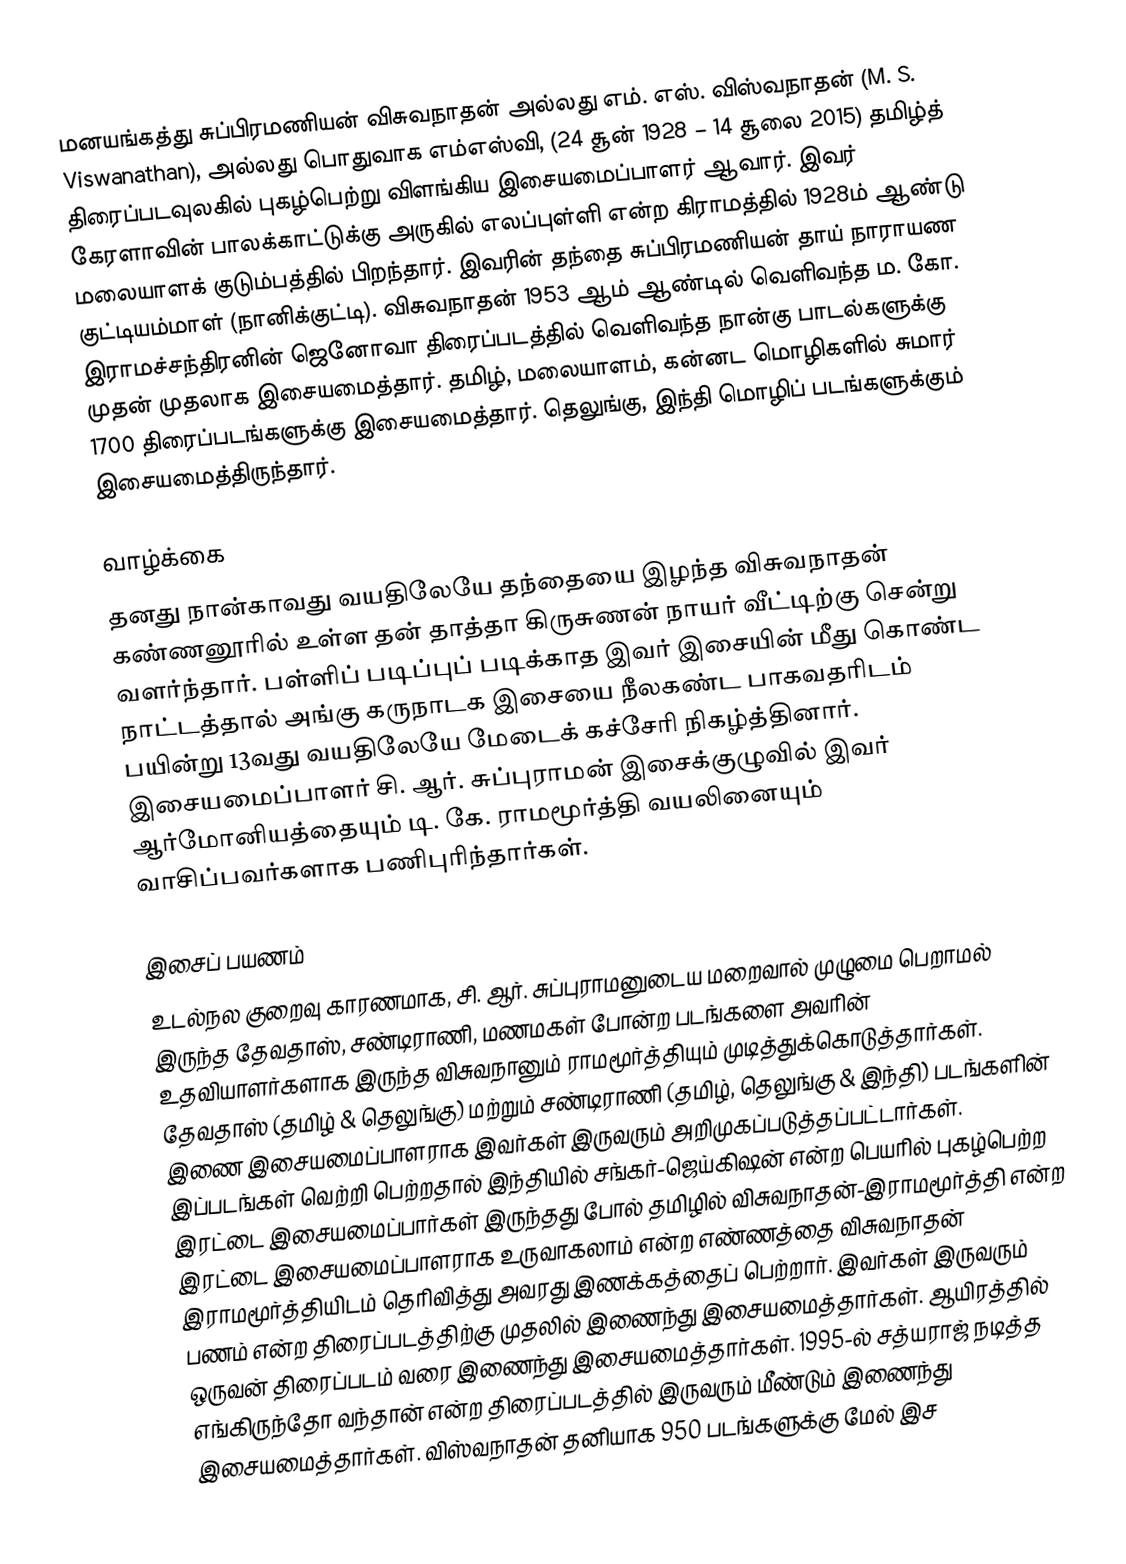
மனயங்கத்து சுப்பிரமணியன் விசுவநாதன் அல்லது எம். எஸ். விஸ்வநாதன் (M. S. Viswanathan), அல்லது பொதுவாக எம்எஸ்வி, (24 சூன் 1928 – 14 சூலை 2015) தமிழ்த் திரைப்படவுலகில் புகழ்பெற்று விளங்கிய இசையமைப்பாளர் ஆவார். இவர் கேரளாவின் பாலக்காட்டுக்கு அருகில் எலப்புள்ளி என்ற கிராமத்தில் 1928ம் ஆண்டு மலையாளக் குடும்பத்தில் பிறந்தார். இவரின் தந்தை சுப்பிரமணியன் தாய் நாராயண  குட்டியம்மாள் (நானிக்குட்டி). விசுவநாதன் 1953 ஆம் ஆண்டில் வெளிவந்த ம. கோ. இராமச்சந்திரனின் ஜெனோவா திரைப்படத்தில் வெளிவந்த நான்கு பாடல்களுக்கு முதன் முதலாக இசையமைத்தார். தமிழ், மலையாளம், கன்னட மொழிகளில் சுமார் 1700 திரைப்படங்களுக்கு இசையமைத்தார். தெலுங்கு, இந்தி மொழிப் படங்களுக்கும் இசையமைத்திருந்தார்.

வாழ்க்கை
தனது நான்காவது வயதிலேயே தந்தையை இழந்த விசுவநாதன் கண்ணனூரில் உள்ள தன் தாத்தா கிருசுணன் நாயர் வீட்டிற்கு சென்று வளர்ந்தார். பள்ளிப் படிப்புப் படிக்காத இவர் இசையின் மீது கொண்ட நாட்டத்தால் அங்கு கருநாடக இசையை நீலகண்ட பாகவதரிடம் பயின்று 13வது வயதிலேயே மேடைக் கச்சேரி நிகழ்த்தினார். இசையமைப்பாளர்  சி. ஆர். சுப்புராமன் இசைக்குழுவில் இவர் ஆர்மோனியத்தையும் டி. கே. ராமமூர்த்தி வயலினையும் வாசிப்பவர்களாக பணிபுரிந்தார்கள்.

இசைப் பயணம்
உடல்நல குறைவு காரணமாக, சி. ஆர். சுப்புராமனுடைய மறைவால் முழுமை பெறாமல் இருந்த தேவதாஸ், சண்டிராணி, மணமகள் போன்ற படங்களை  அவரின் உதவியாளர்களாக இருந்த விசுவநானும் ராமமூர்த்தியும்  முடித்துக்கொடுத்தார்கள். தேவதாஸ் (தமிழ் & தெலுங்கு) மற்றும் சண்டிராணி (தமிழ், தெலுங்கு & இந்தி) படங்களின் இணை இசையமைப்பாளராக இவர்கள் இருவரும் அறிமுகப்படுத்தப்பட்டார்கள். இப்படங்கள் வெற்றி பெற்றதால் இந்தியில் சங்கர்-ஜெய்கிஷன் என்ற பெயரில்  புகழ்பெற்ற இரட்டை இசையமைப்பார்கள் இருந்தது போல் தமிழில் விசுவநாதன்-இராமமூர்த்தி என்ற இரட்டை இசையமைப்பாளராக உருவாகலாம் என்ற எண்ணத்தை விசுவநாதன் இராமமூர்த்தியிடம் தெரிவித்து அவரது இணக்கத்தைப் பெற்றார். இவர்கள் இருவரும் பணம் என்ற திரைப்படத்திற்கு முதலில் இணைந்து இசையமைத்தார்கள். ஆயிரத்தில் ஒருவன் திரைப்படம் வரை இணைந்து இசையமைத்தார்கள். 1995-ல் சத்யராஜ் நடித்த எங்கிருந்தோ வந்தான் என்ற திரைப்படத்தில் இருவரும் மீண்டும் இணைந்து இசையமைத்தார்கள். விஸ்வநாதன் தனியாக 950 படங்களுக்கு மேல் இச